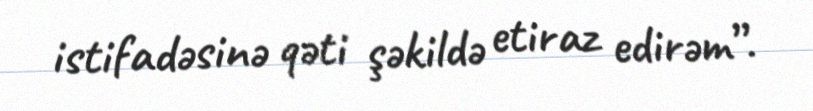
istifadəsinə qəti şəkildə etiraz edirəm”.